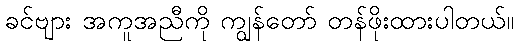
ခင်ဗျား အကူအညီကို ကျွန်တော် တန်ဖိုးထားပါတယ်။